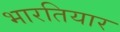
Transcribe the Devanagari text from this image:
भारतियार